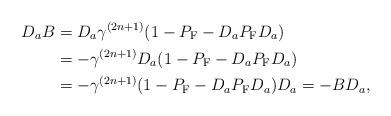
LaTeX: \begin{align*}D_aB&=D_a\gamma^{(2n+1)}(1-P_{\rm F}-D_aP_{\rm F}D_a)\\&=-\gamma^{(2n+1)}D_a(1-P_{\rm F}-D_aP_{\rm F}D_a)\\&=-\gamma^{(2n+1)}(1-P_{\rm F}-D_aP_{\rm F}D_a)D_a=-BD_a,\end{align*}